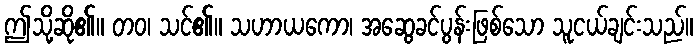
ဤသို့ဆို၏။ တဝ၊ သင်၏။ သဟာယကော၊ အဆွေခင်ပွန်းဖြစ်သော သူငယ်ချင်းသည်။